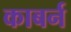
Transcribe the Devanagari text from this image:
काबर्न